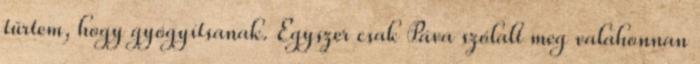
tűrtem, hogy gyógyítsanak. Egyszer csak Páva szólalt meg valahonnan